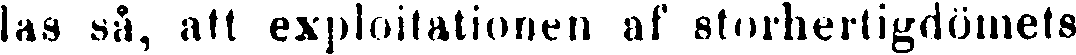
las så, att exploitationen af storhertigdömets